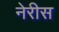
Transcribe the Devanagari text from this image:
नेरीस